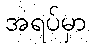
အရပ်မှာ